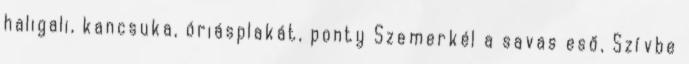
haligali, kancsuka, óriásplakát, ponty Szemerkél a savas eső, Szívbe